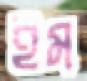
ইম